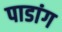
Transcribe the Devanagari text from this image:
पाडांग